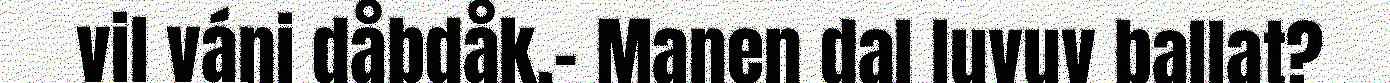
vil váni dåbdåk.– Manen dal luvuv ballat?